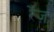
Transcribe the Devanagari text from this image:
रेंज़